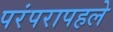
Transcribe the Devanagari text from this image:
परंपरापहले